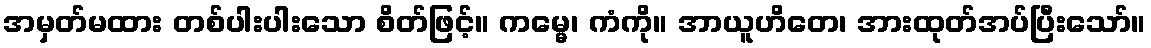
အမှတ်မထား တစ်ပါးပါးသော စိတ်ဖြင့်။ ကမ္မေ၊ ကံကို။ အာယူဟိတေ၊ အားထုတ်အပ်ပြီးသော်။